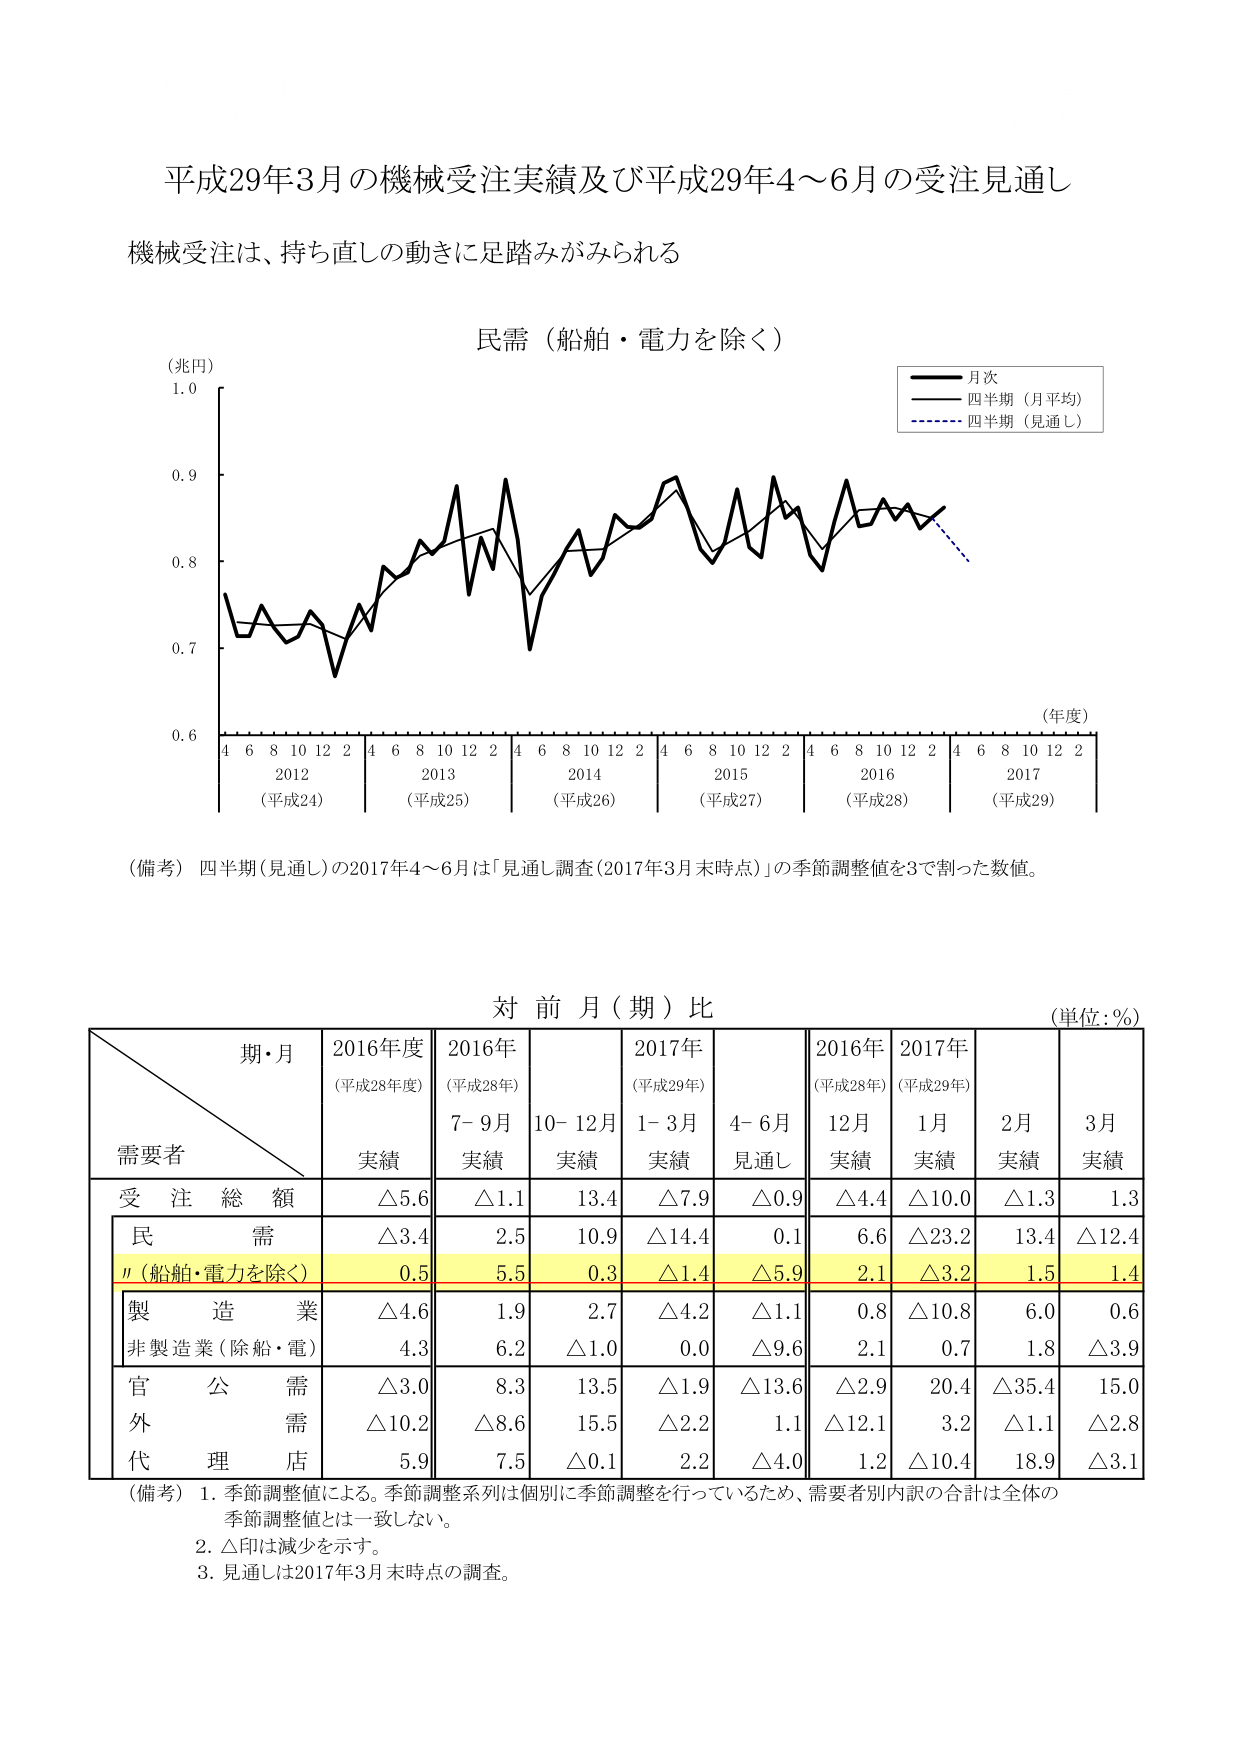
平成29年3月の機械受注実績及び平成29年4～6月の受注見通し
機械受注は、持ち直しの動きに足踏みがみられる

民需（船舶・電力を除く）
（兆円）
1.0
0.9
0.8
0.7
0.6
（年度）
4 6 8 10 12 2 4 6 8 10 12 2 4 6 8 10 12 2 4 6 8 10 12 2 4 6 8 10 12 2 4 6 8 10 12 2
2012 （平成24） 2013 （平成25） 2014 （平成26） 2015 （平成27） 2016 （平成28） 2017 （平成29）

■ 月次
―― 四半期（月平均）
…… 四半期（見通し）

（備考）四半期（見通し）の2017年4～6月は「見通し調査（2017年3月末時点）」の季節調整値を3で割った数値。

対前月（期）比
（単位：%）

期・月
需要者
2016年度
（平成28年度）
実績
2016年
（平成28年）
7-9月
実績
10-12月
実績
2017年
（平成29年）
1-3月
実績
4-6月
見通し
2016年
（平成28年）
12月
実績
2017年
（平成29年）
1月
実績
2月
実績
3月
実績

受注総額
△5.6
△1.1
13.4
△7.9
△0.9
△4.4
△10.0
△1.3
1.3

民需
△3.4
2.5
10.9
△14.4
0.1
6.6
△23.2
13.4
△12.4

〃（船舶・電力を除く）
0.5
5.5
0.3
△1.4
△5.9
2.1
△3.2
1.5
1.4

製造業
△4.6
1.9
2.7
△4.2
△1.1
0.8
△10.8
6.0
0.6

非製造業（除船・電）
4.3
6.2
△1.0
0.0
△9.6
2.1
0.7
1.8
△3.9

官公需
△3.0
8.3
13.5
△1.9
△13.6
△2.9
20.4
△35.4
15.0

外需
△10.2
△8.6
15.5
△2.2
1.1
△12.1
3.2
△1.1
△2.8

代理店
5.9
7.5
△0.1
2.2
△4.0
1.2
△10.4
18.9
△3.1

（備考）
1. 季節調整値による。季節調整系列は個別に季節調整を行っているため、需要者別内訳の合計は全体の季節調整値とは一致しない。
2. △印は減少を示す。
3. 見通しは2017年3月末時点の調査。